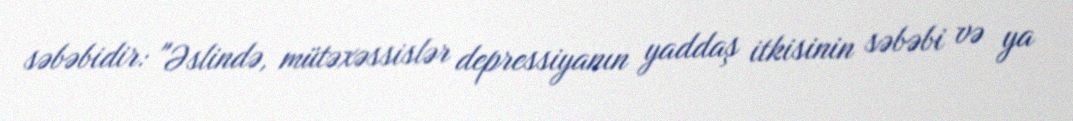
səbəbidir: "Əslində, mütəxəssislər depressiyanın yaddaş itkisinin səbəbi və ya